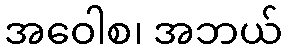
အဝေါစ၊ အဘယ်